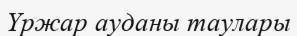
Үржар ауданы таулары